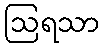
ဩရသာ